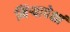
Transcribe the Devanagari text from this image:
मिऱ्यापेक्षां